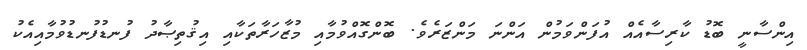
އިންސާނީ ބޮޑު ކާރިސާއެއް އުފަންވަމުން އަންނަ މަންޒަރެވެ. ބޮންގޮއްވުމާއި މުޒާހަރާތަކާއި އިޤުތިޞާދު ފުނޑުފުނޑުވުމާއިއެކު